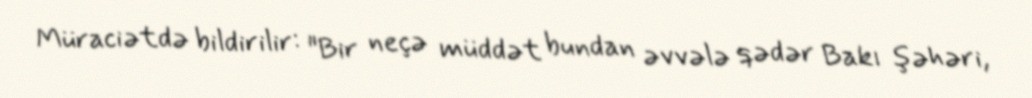
Müraciətdə bildirilir: "Bir neçə müddət bundan əvvələ qədər Bakı şəhəri,